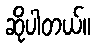
ဆိုပါတယ်။